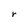
Character: r